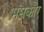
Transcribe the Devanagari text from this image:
मसकौर